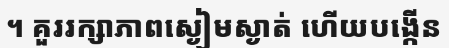
។ គួររក្សាភាពស្ងៀមស្ងាត់ ហើយបង្កើន